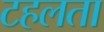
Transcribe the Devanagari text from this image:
टहलता